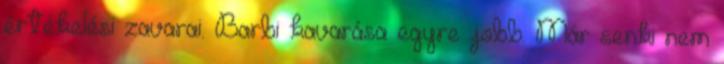
értékelési zavarai. Barbi kavarása egyre jobb. Már senki nem